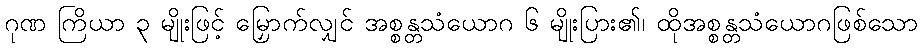
ဂုဏ ကြိယာ ၃ မျိုးဖြင့် မြှောက်လျှင် အစ္စန္တသံယောဂ ၆ မျိုးပြား၏၊ ထိုအစ္စန္တသံယောဂဖြစ်သော